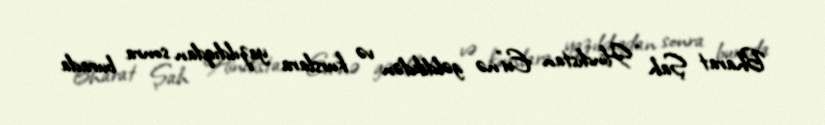
Bharat Şah “Hindistan Evi”nə gəldikdən və kurslara yazıldıqdan sonra burada